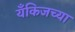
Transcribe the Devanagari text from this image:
यँकिजच्या